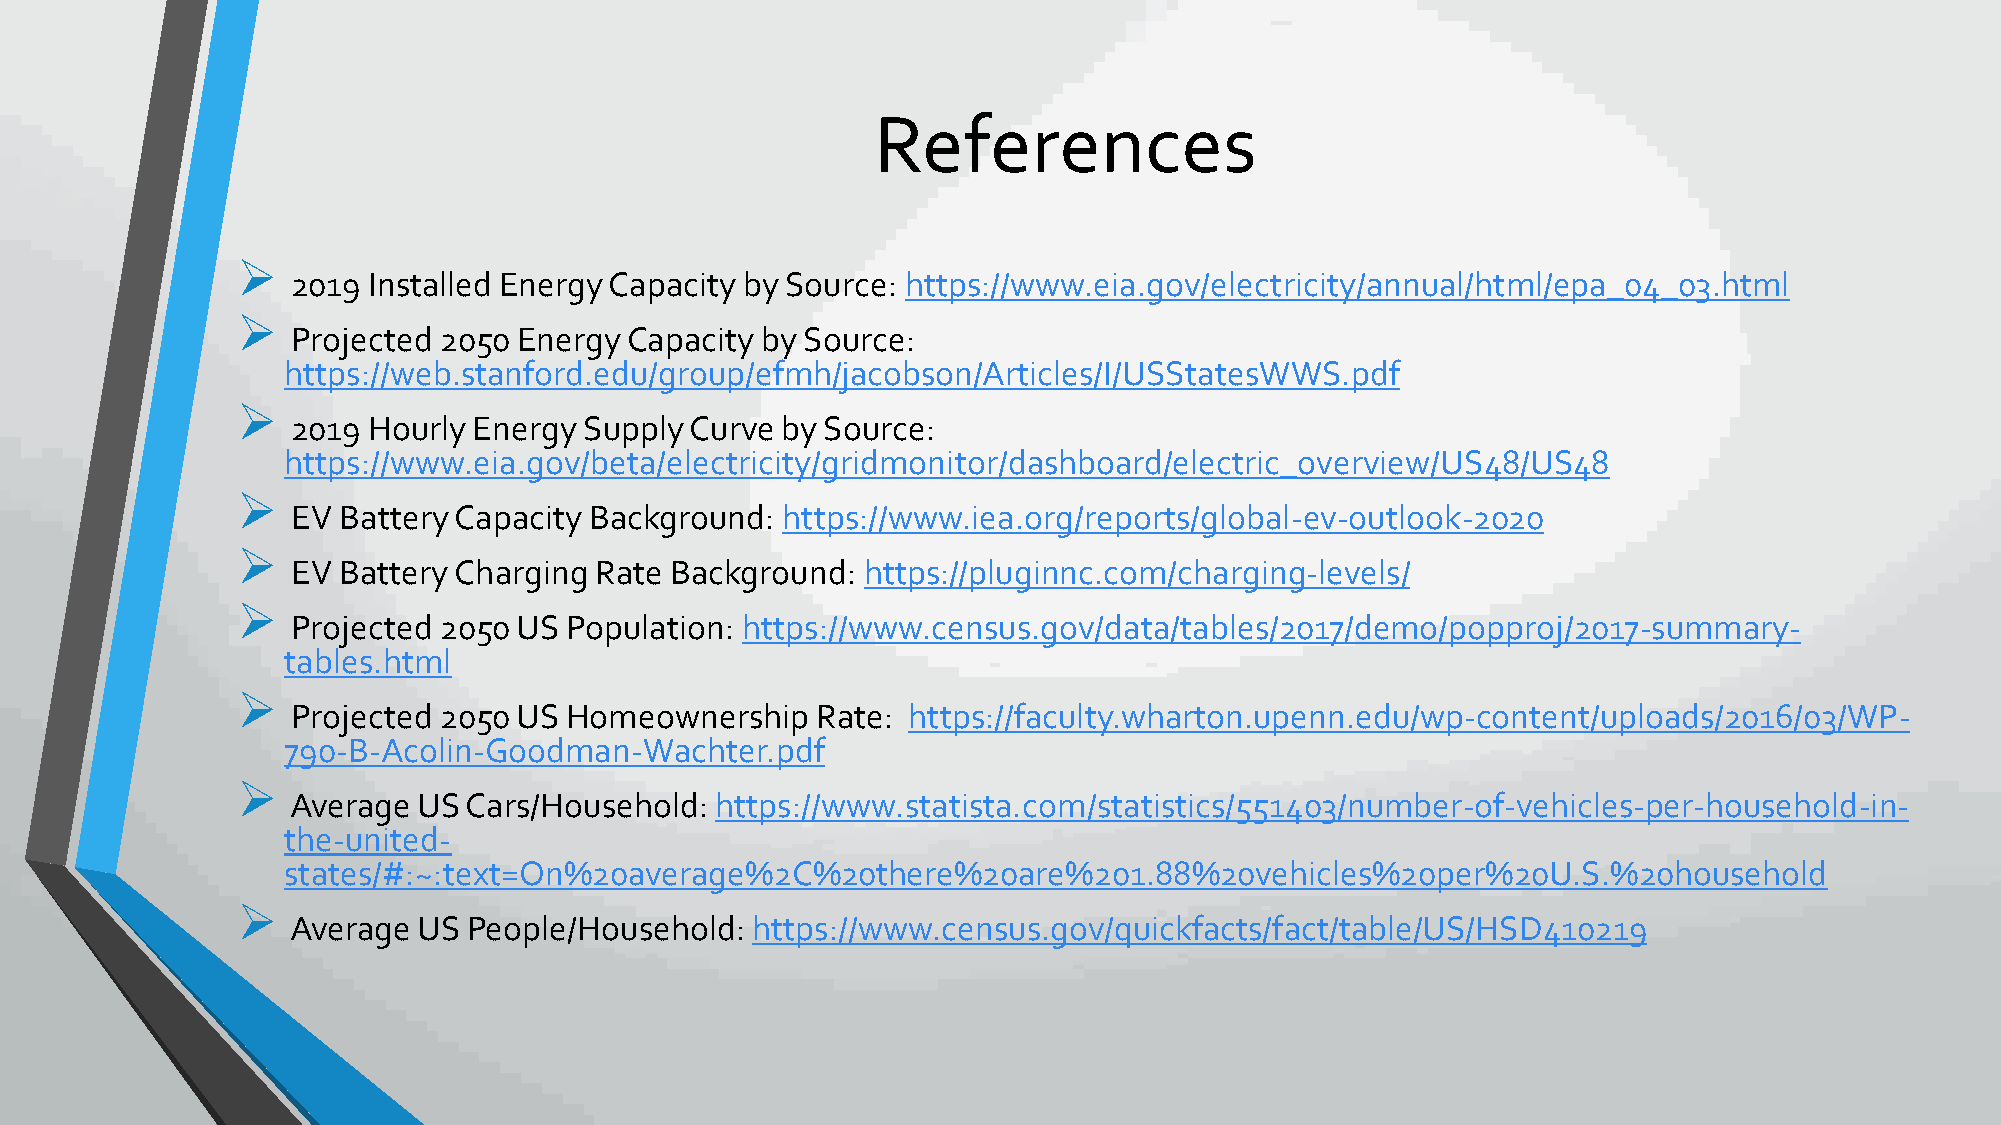
References
 ➢
 2019 Installed Energy Capacity by Source: https://www.eia.gov/electricity/annual/html/epa_04_03.html
 ➢
 Projected 2050 EnergyCapacity  by Source:
 https://web.stanford.edu/group/efmh/jacobson/Articles/I/USStatesWWS.pdf
 ➢
 2019 Hourly Energy  Supply Curve by Source:
 https://www.eia.gov/beta/electricity/gridmonitor/dashboard/electric_overview/US48/US48
 ➢
 EV Battery Capacity Background:  https://www.iea.org/reports/global-ev-outlook-2020
 ➢
 EV Battery Charging Rate Background:  https://pluginnc.com/charging-levels/
 ➢
 Projected 2050 US  Population: https://www.census.gov/data/tables/2017/demo/popproj/2017-summary-
 tables.html
 ➢
 Projected 2050 US  Homeownership   Rate: https://faculty.wharton.upenn.edu/wp-content/uploads/2016/03/WP-
 790-B-Acolin-Goodman-Wachter.pdf
 ➢
 Average  US Cars/Household: https://www.statista.com/statistics/551403/number-of-vehicles-per-household-in-
 the-united-
 states/#:~:text=On%20average%2C%20there%20are%201.88%20vehicles%20per%20U.S.%20household
 ➢
 Average  US People/Household:  https://www.census.gov/quickfacts/fact/table/US/HSD410219